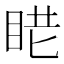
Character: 𥆈